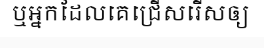
ឬអ្នកដែលគេជ្រើសរើសឲ្យ